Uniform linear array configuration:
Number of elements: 64
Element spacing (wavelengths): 0.5
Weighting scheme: hamming
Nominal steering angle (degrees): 0
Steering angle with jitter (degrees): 0.7929
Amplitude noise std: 0.05
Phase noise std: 0.05

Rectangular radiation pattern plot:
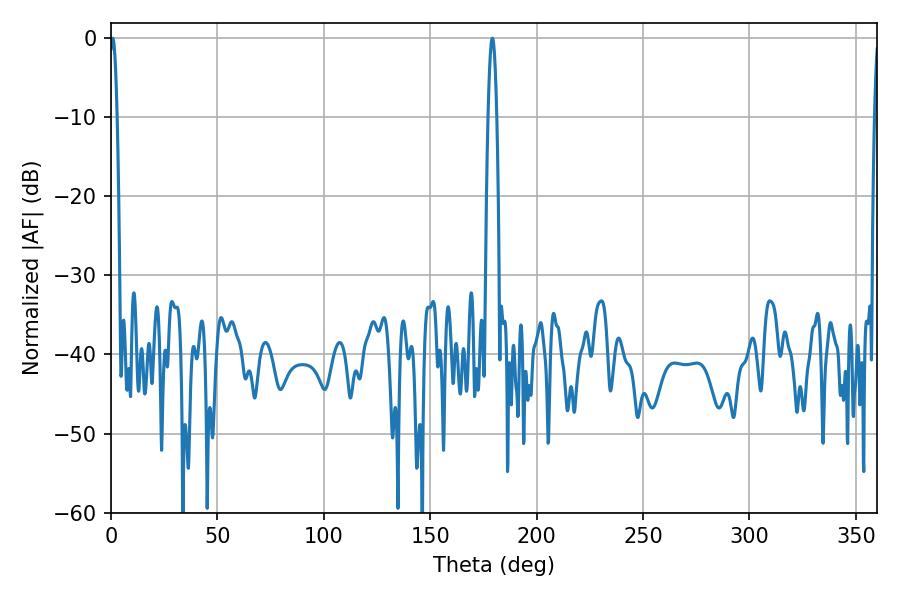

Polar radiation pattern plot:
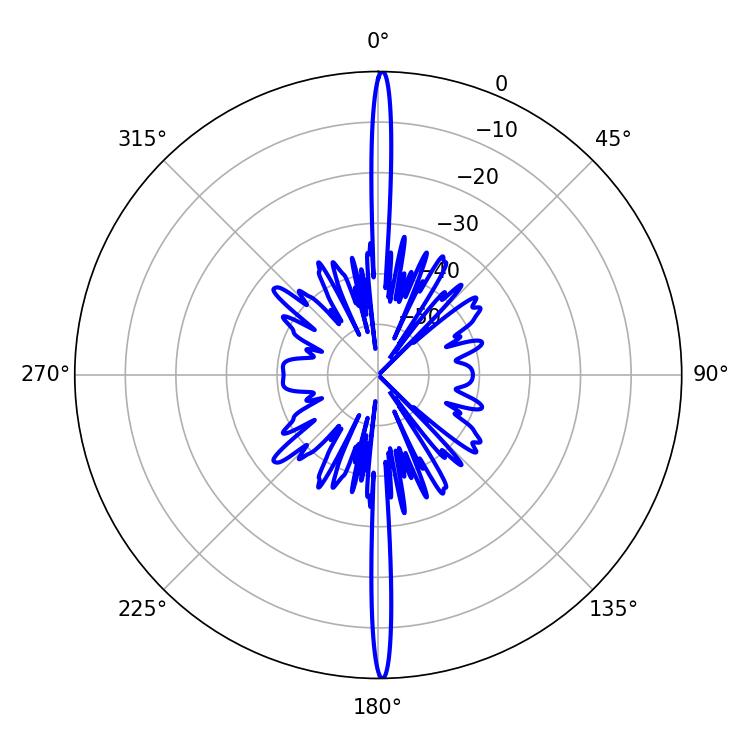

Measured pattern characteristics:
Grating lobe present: FALSE
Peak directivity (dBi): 32.11
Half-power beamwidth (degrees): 1.8
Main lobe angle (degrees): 0.72